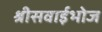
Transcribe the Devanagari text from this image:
श्रीसवाईभोज